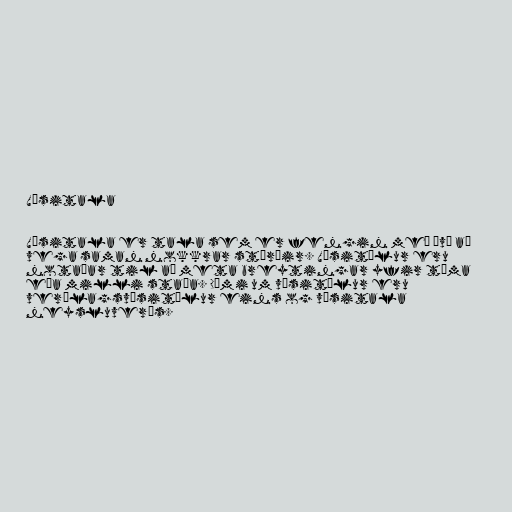
Vísitala

Vísitala er tala sem er fengin með því að
vega saman nokkrar stærðir. Vísitölur eru
notaðar til að meta breytingar yfir tíma
eða milli staða. Dæmi um vísitölur eru
verðlagsvísitölur eins og vísitala
neysluverðs.